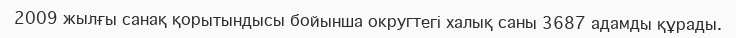
2009 жылғы санақ қорытындысы бойынша округтегі халық саны 3687 адамды құрады.